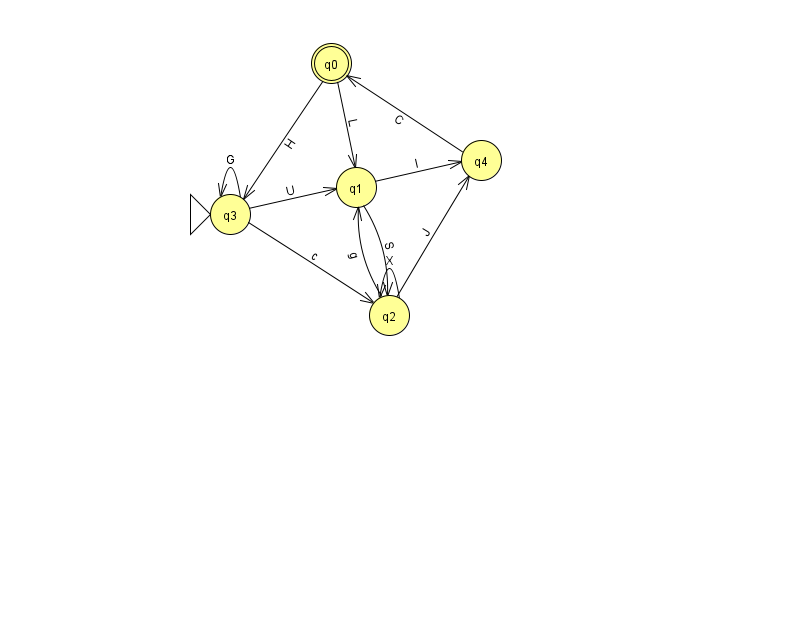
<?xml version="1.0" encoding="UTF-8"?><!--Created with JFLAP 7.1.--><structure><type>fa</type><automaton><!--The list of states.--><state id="0" name="q0"><x>331.0</x><y>50.0</y><final/></state><state id="1" name="q1"><x>356.0</x><y>174.0</y></state><state id="2" name="q2"><x>389.0</x><y>302.0</y></state><state id="3" name="q3"><x>230.0</x><y>201.0</y><initial/></state><state id="4" name="q4"><x>481.0</x><y>147.0</y></state><!--The list of transitions.--><transition><from>1</from><to>4</to><read>I</read></transition><transition><from>3</from><to>2</to><read>c</read></transition><transition><from>0</from><to>3</to><read>H</read></transition><transition><from>3</from><to>3</to><read>G</read></transition><transition><from>2</from><to>2</to><read>X</read></transition><transition><from>4</from><to>0</to><read>C</read></transition><transition><from>1</from><to>2</to><read>S</read></transition><transition><from>2</from><to>4</to><read>J</read></transition><transition><from>3</from><to>1</to><read>U</read></transition><transition><from>2</from><to>1</to><read>g</read></transition><transition><from>0</from><to>1</to><read>L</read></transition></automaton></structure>